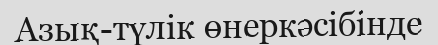
Азық-түлік өнеркәсібінде